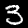
Digit: 3